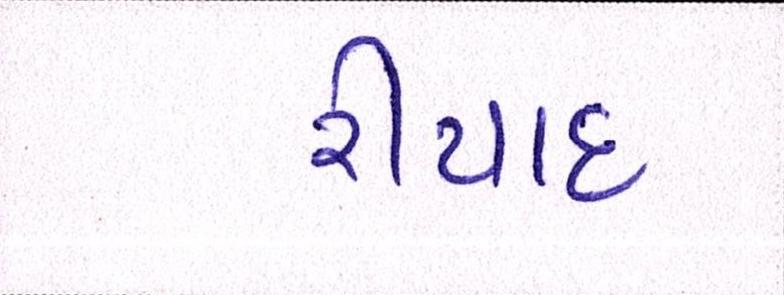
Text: રીયાદ